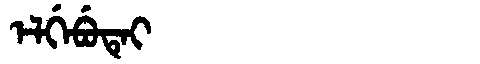
Manchu: ᡝᠯᡤᡝᠪᡠᡨᡝᡳ
Romanization: ELGEBUTEI